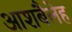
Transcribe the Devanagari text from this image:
आशबैलेह